Civil Veterinary Dept. Bombay admin report 1893-99 - 1893-1899
Year: 1893
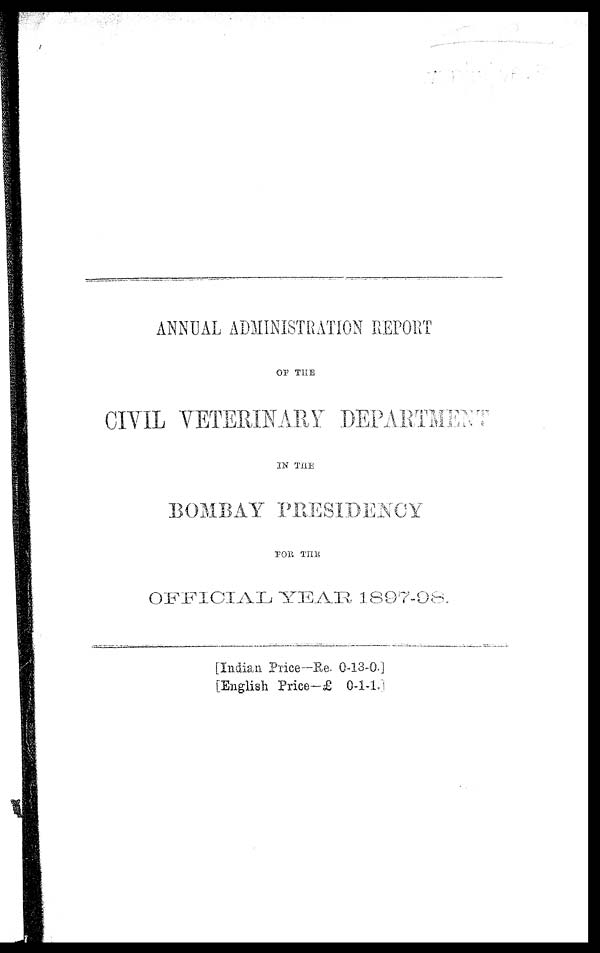
ANNUAL ADMINISTRATION REPORT
OF THE
CIVIL VETERINARY DEPARTMENT
IN THE
BOMBAY PRESIDENCY
FOR THE
OFFICIAL YEAR 1897-98.
[Indian Price––Re. 013-0-]
[English Price––£ 0-1-1.]